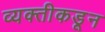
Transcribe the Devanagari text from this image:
व्यक्‍तीकडून